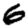
Digit: 6